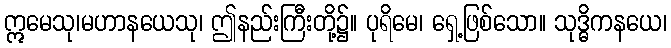
ဣမေသု၊မဟာနယေသု၊ ဤနည်းကြီးတို့၌။ ပုရိမေ၊ ရှေ့ဖြစ်သော။ သုဒ္ဓိကနယေ၊